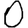
Digit: 0